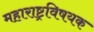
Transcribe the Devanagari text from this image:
महाराष्ट्रविषयक